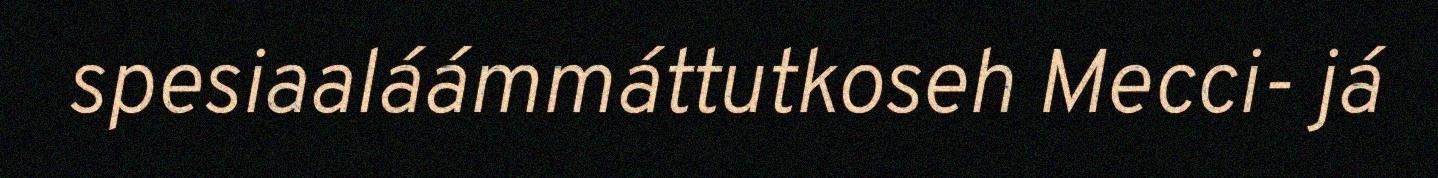
spesiaaláámmáttutkoseh Mecci- já